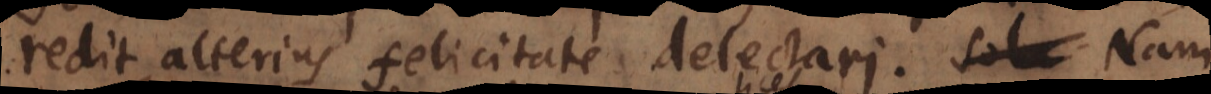
redit, alterius felicitate delectari. Nam